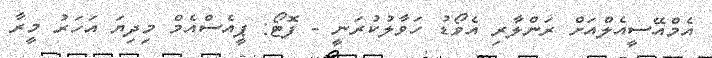
އެމްއޭސީއެލްއަށް ރަންލާރި އެވޯޑު ހަވާލުކުރަނީ - ފޮޓޯ: ޕީއެސްއެމް މިދިޔަ އަހަރު މީރާ